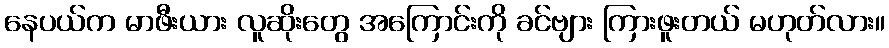
နေပယ်က မာဖီးယား လူဆိုးတွေ အကြောင်းကို ခင်ဗျား ကြားဖူးတယ် မဟုတ်လား။